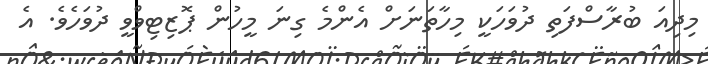
މިދިއަ ބުރާސްފަތި ދުވަހަކީ މިހާތަނަށް އެންމެ ގިނަ މީހުން ޕޮޒިޓިވްވީ ދުވަހެވެ. އެ